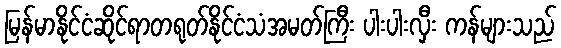
မြန်မာနိုင်ငံဆိုင်ရာတရုတ်နိုင်ငံသံအမတ်ကြီး ပါးပါးလှီး ကန်များသည်